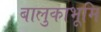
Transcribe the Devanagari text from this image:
बालुकाभूमि